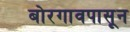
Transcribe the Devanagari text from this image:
बोरगावपासून